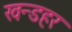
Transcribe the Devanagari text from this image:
खन्डहर